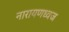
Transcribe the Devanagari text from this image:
नारायणध्वज